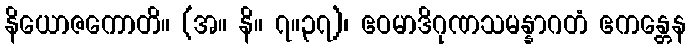
နိယောဇကောတိ။ (အ။ နိ။ ၇။၃၇)၊ ဧဝမာဒိဂုဏသမန္နာဂတံ ဧကန္တေန